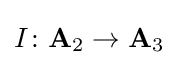
I\colon \mathbf {A} _{2}\to \mathbf {A} _{3}